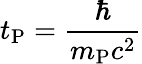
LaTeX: t_{\mathrm{P}}={\frac{\hbar}{m_{\mathrm{P}}c^{2}}}